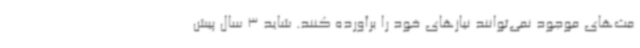
مت‌های موجود نمی‌توانند نیازهای خود را برآورده کنند. شاید 3 سال پیش